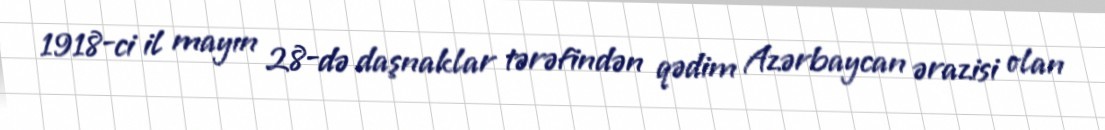
1918-ci il mayın 28-də daşnaklar tərəfindən qədim Azərbaycan ərazisi olan